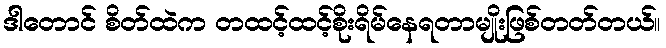
ဒါတောင် စိတ်ထဲက တထင့်ထင့်စိုးရိမ်နေရတာမျိုးဖြစ်တတ်တယ်။